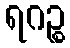
ရဂဉ္စ